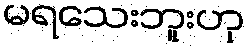
မရသေးဘူးဟု